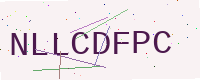
Text: NLLCDFPC